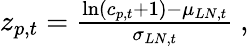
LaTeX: \begin{array}{r}{z_{p,t}=\frac{\ln(c_{p,t}+1)-\mu_{LN,t}}{\sigma_{LN,t}}\ ,}\end{array}